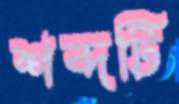
শব্দটি